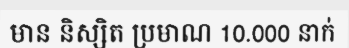
មាន និស្សិត ប្រមាណ 10.000 នាក់